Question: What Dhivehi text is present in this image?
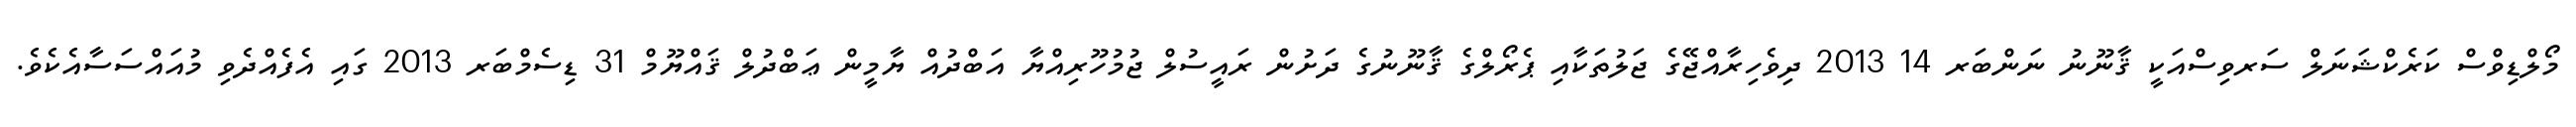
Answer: މޯލްޑިވްސް ކަރެކްޝަނަލް ސަރވިސްއަކީ ޤާނޫނު ނަންބަރ 14 2013 ދިވެހިރާއްޖޭގެ ޖަލުތަކާއި ޕެރޯލްގެ ޤާނޫނުގެ ދަށުން ރައީސުލް ޖުމުހޫރިއްޔާ އަބްދުއް ޔާމީން ޢަބްދުލް ޤައްޔޫމް 31 ޑިސެމްބަރ 2013 ގައި އެފެއްދެވި މުއައްސަސާއެކެވެ.